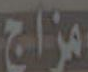
مزاج